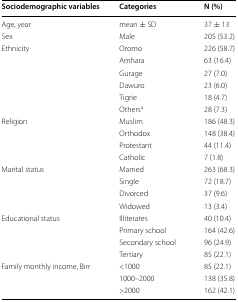
| Sociodemographic variables | Categories | N (%) |
 | --- | --- | --- |
 | Age, year | mean ± SD | 37 ± 13 |
 | Sex | Male | 205 (53.2) |
 | <ROWSPAN=6> Ethnicity | Oromo | 226 (58.7) |
 | Amhara | 63 (16.4) |
 | Gurage | 27 (7.0) |
 | Dawuro | 23 (6.0) |
 | Tigrie | 18 (4.7) |
 | Othersa | 28 (7.3) |
 | <ROWSPAN=4> Religion | Muslim | 186 (48.3) |
 | Orthodox | 148 (38.4) |
 | Protestant | 44 (11.4) |
 | Catholic | 7 (1.8) |
 | <ROWSPAN=4> Marital status | Married | 263 (68.3) |
 | Single | 72 (18.7) |
 | Divorced | 37 (9.6) |
 | Widowed | 13 (3.4) |
 | <ROWSPAN=4> Educational status | Illiterates | 40 (10.4) |
 | Primary school | 164 (42.6) |
 | Secondary school | 96 (24.9) |
 | Tertiary | 85 (22.1) |
 | <ROWSPAN=3> Family monthly income, Birr | <1000 | 85 (22.1) |
 | 1000–2000 | 138 (35.8) |
 | >2000 | 162 (42.1) |